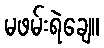
မဖမ်းရဲချေ။